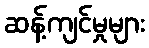
ဆန့်ကျင်မှုများ